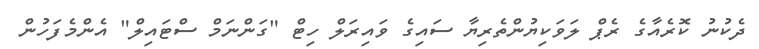
ދެކުނު ކޮރެއާގެ ރެޕް ލަވަކިޔުންތެރިޔާ ސައިގެ ވައިރަލް ހިޓް "ގަންނަމް ސްޓައިލް" އެންމެފަހުން